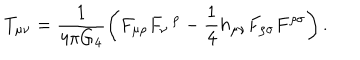
T _ { \mu \nu } = \frac { 1 } { 4 \pi G _ { 4 } } \left( F _ { \mu \rho } F _ { \nu } \, ^ { \rho } - \frac { 1 } { 4 } h _ { \mu \nu } F _ { \rho \sigma } F ^ { \rho \sigma } \right) .